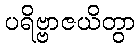
ပရိဗ္ဗာဇယိတွာ